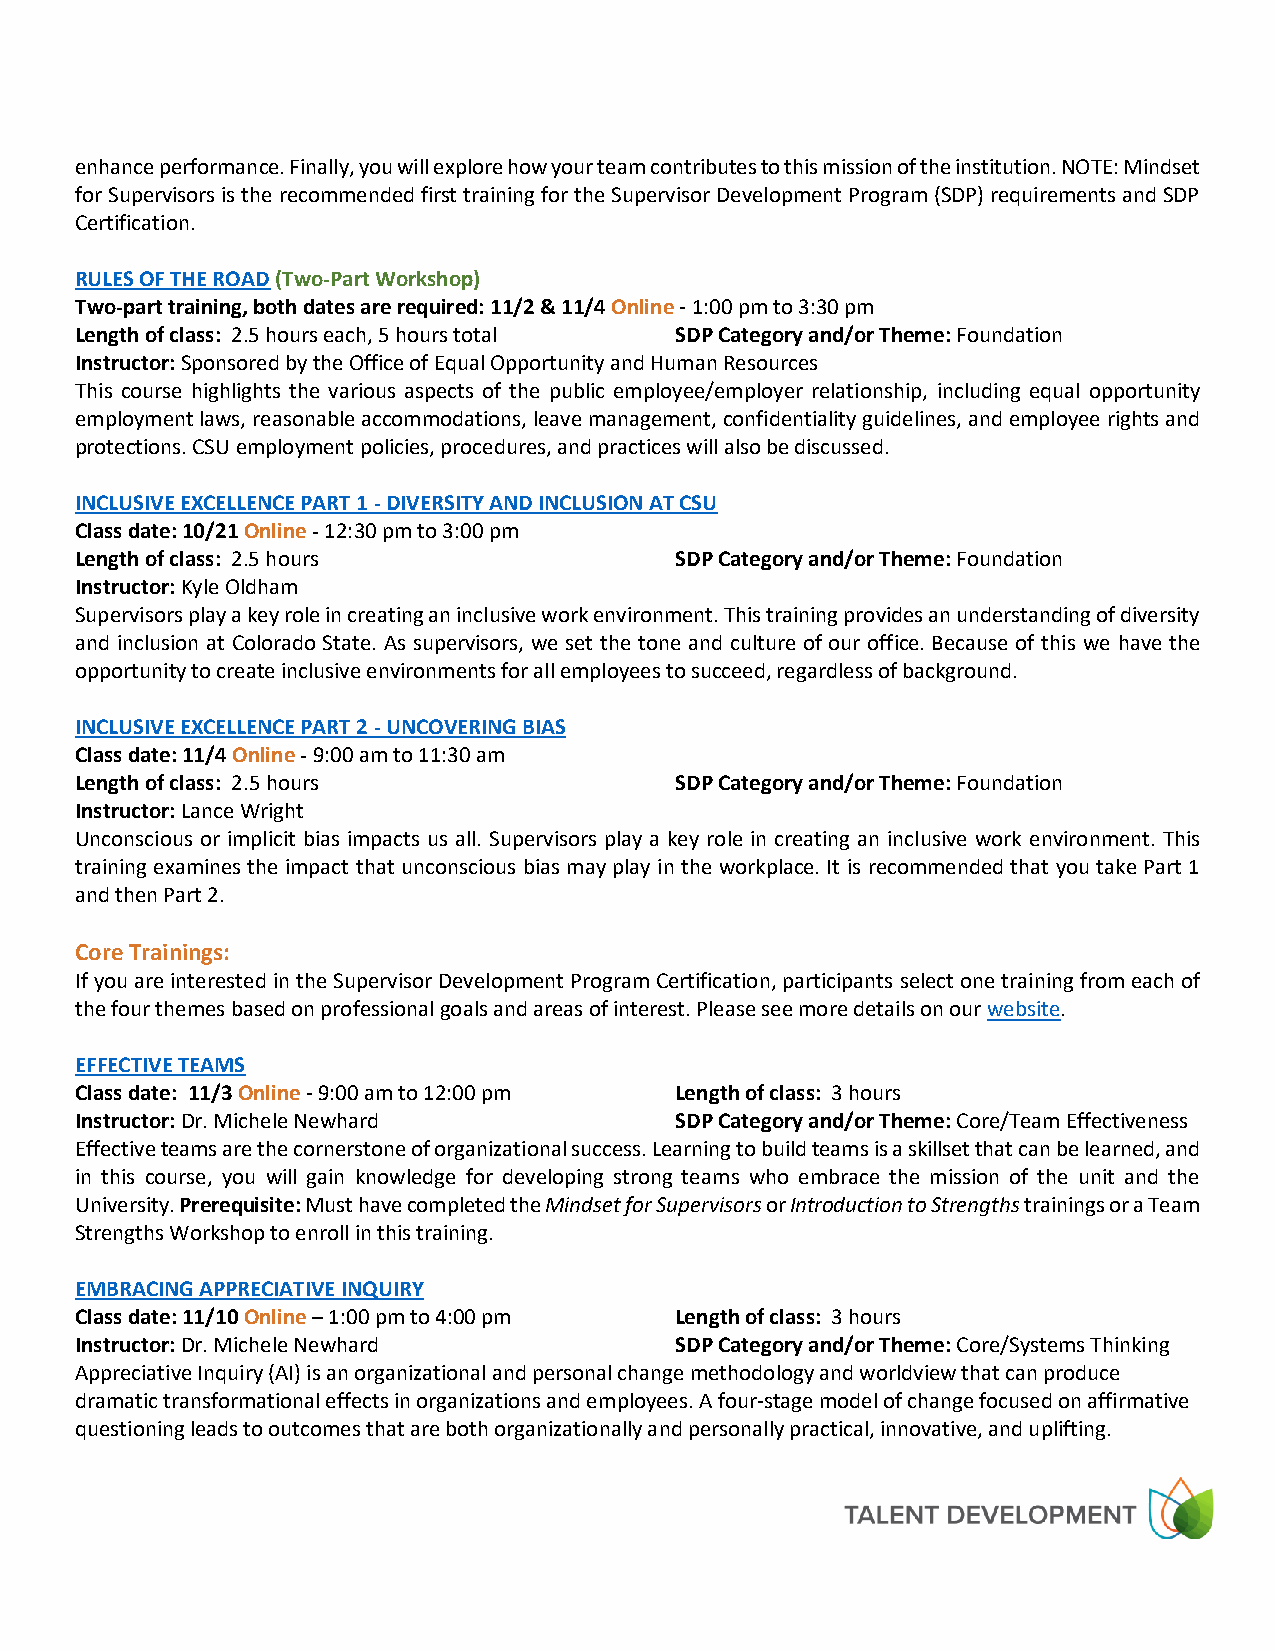
enhance performance. Finally, you will explore how your team contributes to this mission of the institution. NOTE: Mindset
 for Supervisors is the recommended first training for the Supervisor Development Program (SDP) requirements and SDP
 Certification.
 RULES OF THE ROAD (Two-Part Workshop)
 Two-part training, both dates are required: 11/2 & 11/4 Online - 1:00 pm to 3:30 pm
 Length of class: 2.5 hours each, 5 hours total SDP Category and/or Theme: Foundation
 Instructor: Sponsored by the Office of Equal Opportunity and Human Resources
 This course highlights the various aspects of the public employee/employer relationship, including equal opportunity
 employment laws, reasonable accommodations, leave management, confidentiality guidelines, and employee rights and
 protections. CSU employment policies, procedures, and practices will also be discussed.
 INCLUSIVE EXCELLENCE PART 1 - DIVERSITY AND INCLUSION AT CSU
 Class date: 10/21 Online - 12:30 pm to 3:00 pm
 Length of class: 2.5 hours              SDP Category and/or Theme: Foundation
 Instructor: Kyle Oldham
 Supervisors play a key role in creating an inclusive work environment. This training provides an understanding of diversity
 and inclusion at Colorado State. As supervisors, we set the tone and culture of our office. Because of this we have the
 opportunity to create inclusive environments for all employees to succeed, regardless of background.
 INCLUSIVE EXCELLENCE PART 2 - UNCOVERING BIAS
 Class date: 11/4 Online - 9:00 am to 11:30 am
 Length of class: 2.5 hours              SDP Category and/or Theme: Foundation
 Instructor: Lance Wright
 Unconscious or implicit bias impacts us all. Supervisors play a key role in creating an inclusive work environment. This
 training examines the impact that unconscious bias may play in the workplace. It is recommended that you take Part 1
 and then Part 2.
 Core Trainings:
 If you are interested in the Supervisor Development Program Certification, participants select one training from each of
 the four themes based on professional goals and areas of interest. Please see more details on our website.
 EFFECTIVE TEAMS
 Class date: 11/3 Online - 9:00 am to 12:00 pm Length of class: 3 hours
 Instructor: Dr. Michele Newhard         SDP Category and/or Theme: Core/Team Effectiveness
 Effective teams are the cornerstone of organizational success. Learning to build teams is a skillset that can be learned, and
 in this course, you will gain knowledge for developing strong teams who embrace the mission of the unit and the
 University. Prerequisite: Must have completed the Mindset for Supervisors or Introduction to Strengths trainings or a Team
 Strengths Workshop to enroll in this training.
 EMBRACING APPRECIATIVE INQUIRY
 Class date: 11/10 Online – 1:00 pm to 4:00 pm Length of class: 3 hours
 Instructor: Dr. Michele Newhard         SDP Category and/or Theme: Core/Systems Thinking
 Appreciative Inquiry (AI) is an organizational and personal change methodology and worldview that can produce
 dramatic transformational effects in organizations and employees. A four-stage model of change focused on affirmative
 questioning leads to outcomes that are both organizationally and personally practical, innovative, and uplifting.